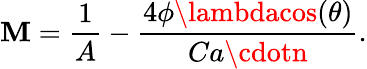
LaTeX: \mathbf{M}=\frac{{1}}{{A}}-\frac{{4\phi\lambdacos(\theta)}}{{Ca\cdotn}}.